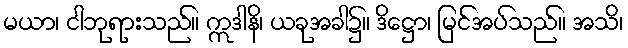
မယာ၊ ငါဘုရားသည်။ ဣဒါနိ၊ ယခုအခါ၌။ ဒိဋ္ဌော၊ မြင်အပ်သည်။ အသိ၊